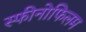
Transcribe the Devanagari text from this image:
स्फीनोफिलम